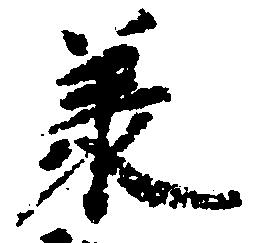
承